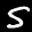
Label: 5